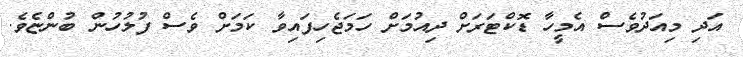
އަދި މިއަދުވެސް އެމީހާ ޑޮކްޓަރަށް ދިއުމަށް ހަމަޖެހިފައިވާ ކަމަށް ވެސް ފުލުހުން ބުންޏެވެ.